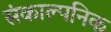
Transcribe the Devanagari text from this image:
संकाल्पनिक